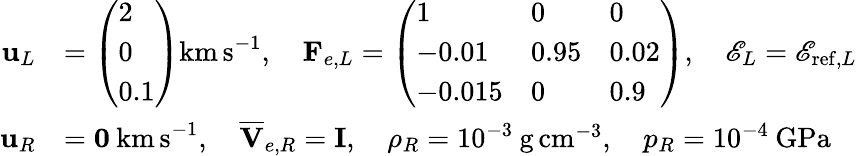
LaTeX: \begin{array}{rl}{\mathbf{u}_{L}}&{=\left(\begin{array}{l}{2}\\ {0}\\ {0.1}\end{array}\right)\mathrm{km\, s}^{-1},\quad\mathbf{F}_{e,L}=\left(\begin{array}{lll}{1}&{0}&{0}\\ {-0.01}&{0.95}&{0.02}\\ {-0.015}&{0}&{0.9}\end{array}\right),\quad\mathscr{E}_{L}=\mathscr{E}_{\mathrm{ref},L}}\\ {\mathbf{u}_{R}}&{=\mathbf{0}\: \mathrm{km\, s}^{-1},\quad\overline{{\mathbf{V}}}_{e,R}=\mathbf{I},\quad\rho_{R}=10^{-3}\: \mathrm{g\, cm}^{-3},\quad p_{R}=10^{-4}\: \mathrm{GPa}}\end{array}